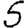
Digit: 5